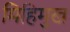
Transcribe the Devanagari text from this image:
मिहिमुख